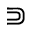
\Supset